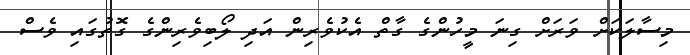
މިސާލަކަށް ވަރަށް ގިނަ މީހުންގެ ގާތް އެކުވެރިން އަދި ލޯބިވެރިންގެ ގޮތުގައި ވެސް